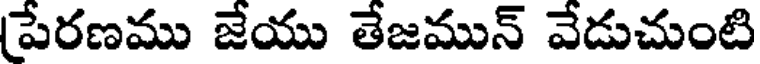
పేరణము జేయు తేజమున్ వేడుచుంటి